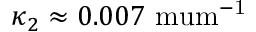
\kappa _ { 2 } \approx 0 . 0 0 7 \mathrm { \ m u m ^ { - 1 } }